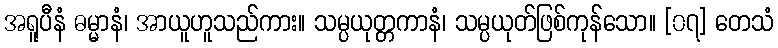
အရူပီနံ ဓမ္မာနံ၊ အာယူဟူသည်ကား။ သမ္ပယုတ္တကာနံ၊ သမ္ပယုတ်ဖြစ်ကုန်သော။ [၀၇] တေသံ